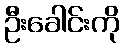
ဦးခေါင်းကို